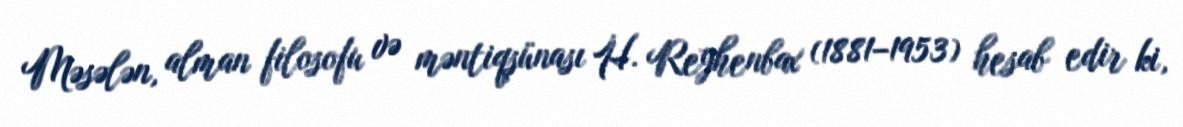
Məsələn, alman filosofu və məntiqşünası H. Reyhenbax (1881–1953) hesab edir ki,